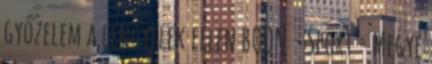
győzelem a lengyelek ellen BOON - Sport - Megye